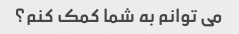
می توانم به شما کمک کنم؟